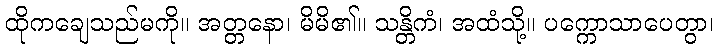
ထိုကချေသည်မကို။ အတ္တနော၊ မိမိ၏။ သန္တိကံ၊ အထံသို့။ ပက္ကောသာပေတွာ၊